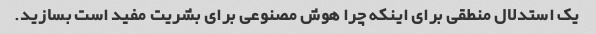
یک استدلال منطقی برای اینکه چرا هوش مصنوعی برای بشریت مفید است بسازید.